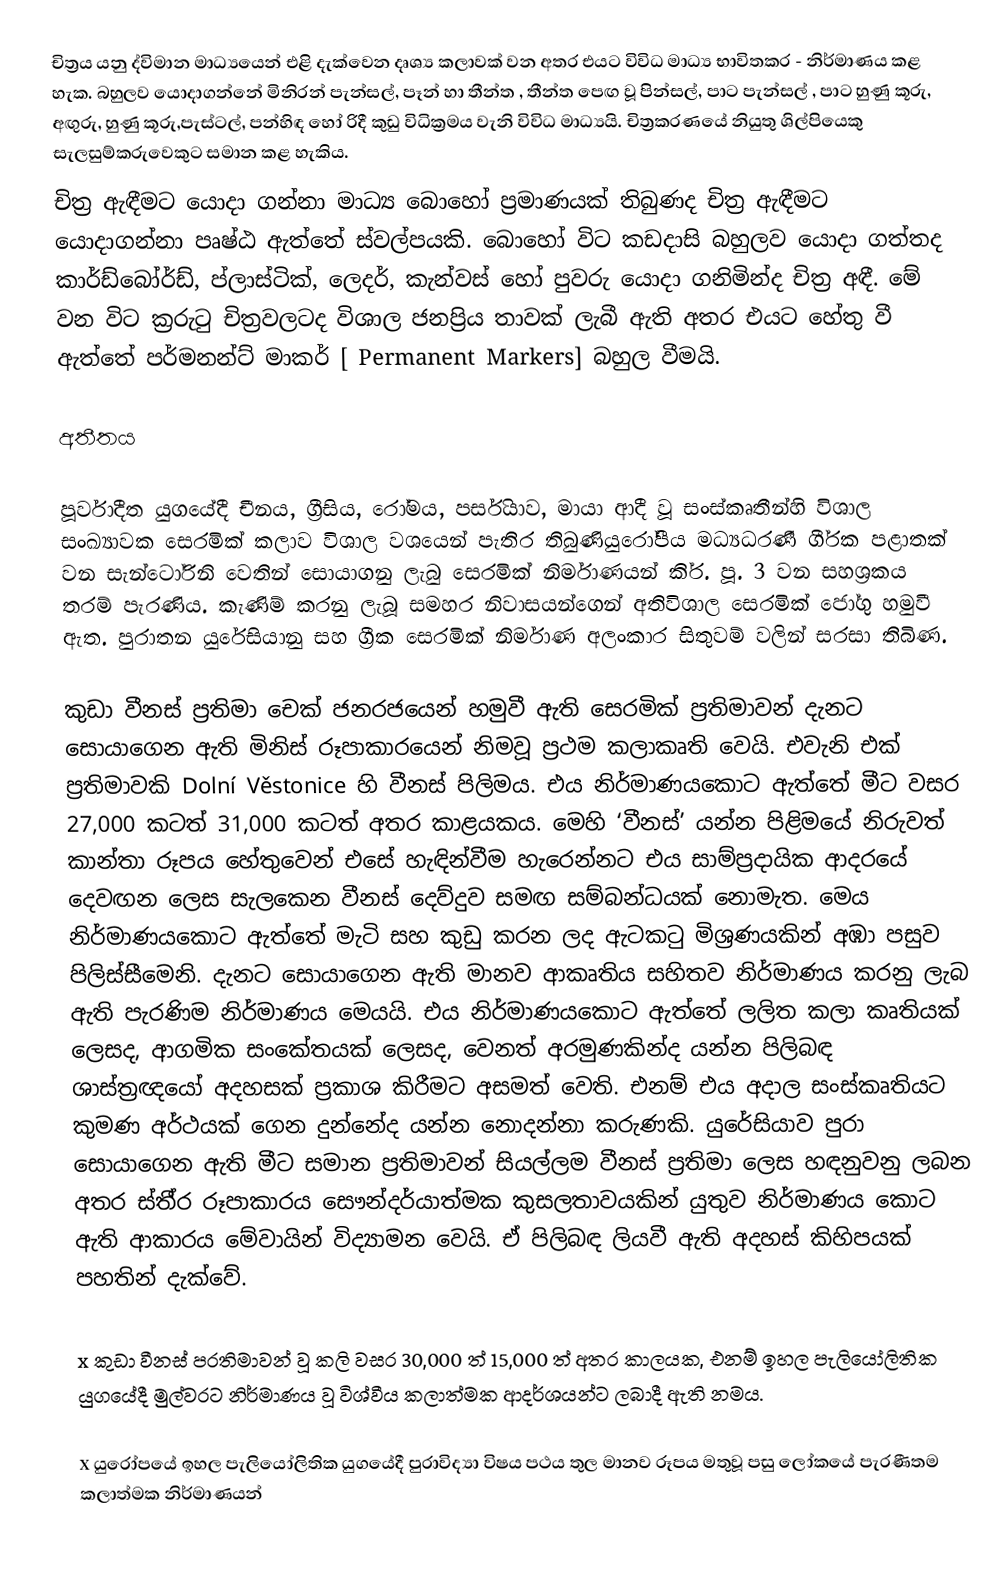
චිත්‍රය යනු ද්විමාන මාධ්‍යයෙන් එළි දැක්වෙන දෘශ්‍ය කලාවක් වන අතර එයට විවිධ මාධ්‍ය භාවිතකර  - නිර්මාණය කළ හැක. බහුලව යොදාගන්නේ මිනිරන් පැන්සල්, පෑන් හා තීන්ත , තීන්ත පෙඟ වූ පින්සල්, පාට පැන්සල් , පාට හුණු කූරු, අඟුරු, හුණු කූරු,පැස්ටල්, පන්හිඳ හෝ රිදී කුඩු විධික්‍රමය වැනි විවිධ මාධ්‍යයි. චිත්‍රකරණයේ නියුතු ශිල්පියෙකු සැලසුම්කරුවෙකුට සමාන කළ හැකිය.
චිත්‍ර ඇඳීමට යොදා ගන්නා මාධ්‍ය බොහෝ ප්‍රමාණයක් තිබුණද චිත්‍ර ඇඳීම‍ට යොදාගන්නා පෘෂ්ඨ ඇත්තේ ස්වල්පයකි. බොහෝ විට කඩදාසි බහුලව යොදා ගත්තද  කාර්ඩ්බෝර්ඩ්, ප්ලාස්ටික්, ලෙදර්, කැන්වස් හෝ පුවරු යොදා ගනිමින්ද චිත්‍ර අඳී. මේ වන විට ක්‍රරුටු චිත්‍රවලටද විශාල ජනප්‍රිය තාවක් ලැබී ඇති අතර එයට හේතු වී ඇත්තේ පර්මනන්ට් මාකර් [ Permanent  Markers] බහුල වීමයි.

අතීතය

පූර්වාදීත යුගයේදී චීනය, ග‍්‍රීසිය, රෝමය, පර්සියාව, මායා ආදී වූ සංස්කෘතීන්හි විශාල සංඛ්‍යාවක සෙරමික් කලාව විශාල වශයෙන් පැතිර තිබුණියුරෝපීය මධ්‍යධරණී ගී‍්‍රක පළාතක් වන සැන්ටෝරිනි වෙතින් සොයාගනු ලැබු සෙරමික් නිර්මාණයන් කි‍්‍ර. පූ. 3 වන සහශ‍්‍රකය තරම් පැරණිය. කැණිම් කරනු ලැබූ සමහර නිවාසයන්ගෙන් අතිවිශාල සෙරමික් ජෝගු හමුවී ඇත. පුරාතන යුරේසියානු සහ ග‍්‍රීක සෙරමික් නිර්මාණ අලංකාර සිතුවම් වලින් සරසා තිබිණ.

කුඩා වීනස් ප‍්‍රතිමා චෙක් ජනරජයෙන් හමුවී ඇති සෙරමික් ප‍්‍රතිමාවන් දැනට සොයාගෙන ඇති මිනිස් රූපාකාරයෙන් නිමවූ ප‍්‍රථම කලාකෘති වෙයි. එවැනි එක් ප‍්‍රතිමාවකි Dolní Věstonice හි වීනස් පිලිමය. එය නිර්මාණයකොට ඇත්තේ මීට වසර 27,000 කටත් 31,000 කටත් අතර කාළයකය. මෙහි ‘වීනස්’ යන්න පිළිමයේ නිරුවත් කාන්තා රූපය හේතුවෙන් එසේ හැඳින්වීම හැරෙන්නට එය සාම්ප‍්‍රදායික ආදරයේ දෙවඟන ලෙස සැලකෙන වීනස් දෙව්දුව සමඟ සම්බන්ධයක් නොමැත. මෙය නිර්මාණයකොට ඇත්තේ මැටි සහ කුඩු කරන ලද ඇටකටු මිශ‍්‍රණයකින් අඹා පසුව පිලිස්සීමෙනි. දැනට සොයාගෙන ඇති මානව ආකෘතිය සහිතව නිර්මාණය කරනු ලැබ ඇති පැරණිම නිර්මාණය මෙයයි. එය නිර්මාණයකොට ඇත්තේ ලලිත කලා කෘතියක් ලෙසද, ආගමික සංකේතයක් ලෙසද, වෙනත් අරමුණකින්ද යන්න පිලිබඳ ශාස්ත‍්‍රඥයෝ අදහසක් ප‍්‍රකාශ කිරීමට අසමත් වෙති. එනම් එය අදාල සංස්කෘතියට කුමණ අර්ථයක් ගෙන දුන්නේද යන්න නොදන්නා කරුණකි. යුරේසියාව පුරා සොයාගෙන ඇති මීට සමාන ප‍්‍රතිමාවන් සියල්ලම වීනස් ප‍්‍රතිමා ලෙස හඳනුවනු ලබන අතර ස්තී‍්‍ර රූපාකාරය සෞන්දර්යාත්මක කුසලතාවයකින් යුතුව නිර්මාණය කොට ඇති ආකාරය මේවායින් විද්‍යාමන වෙයි. ඒ පිලිබඳ ලියවී ඇති අදහස් කිහිපයක් පහතින් දැක්වේ.

x	කුඩා වීනස් ප‍්‍රතිමාවන් වූ කලි වසර 30,000 ත් 15,000 ත් අතර කාලයක, එනම් ඉහල පැලියෝලිතික යුගයේදී මුල්වරට නිර්මාණය වූ විශ්වීය කලාත්මක ආදර්ශයන්ට ලබාදී ඇති නමය.

x	යුරෝපයේ ඉහල පැලියෝලිතික යුගයේදී පුරාවිද්‍යා විෂය පථය තුල මානව රූපය මතුවූ පසු ලෝකයේ පැරණීතම කලාත්මක නිර්මාණයන්